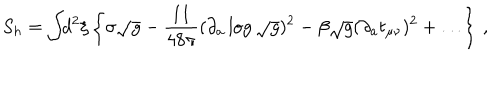
LaTeX: S _ { h } = \int \! \! d ^ { 2 } \xi \left\{ \sigma \sqrt { g } - \frac { 1 1 } { 4 8 \pi } ( \partial _ { a } \log \sqrt { g } ) ^ { 2 } - \beta \sqrt { g } ( \partial _ { a } t _ { \mu \nu } ) ^ { 2 } + \ldots \right\} \, ,